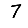
Digit: 7